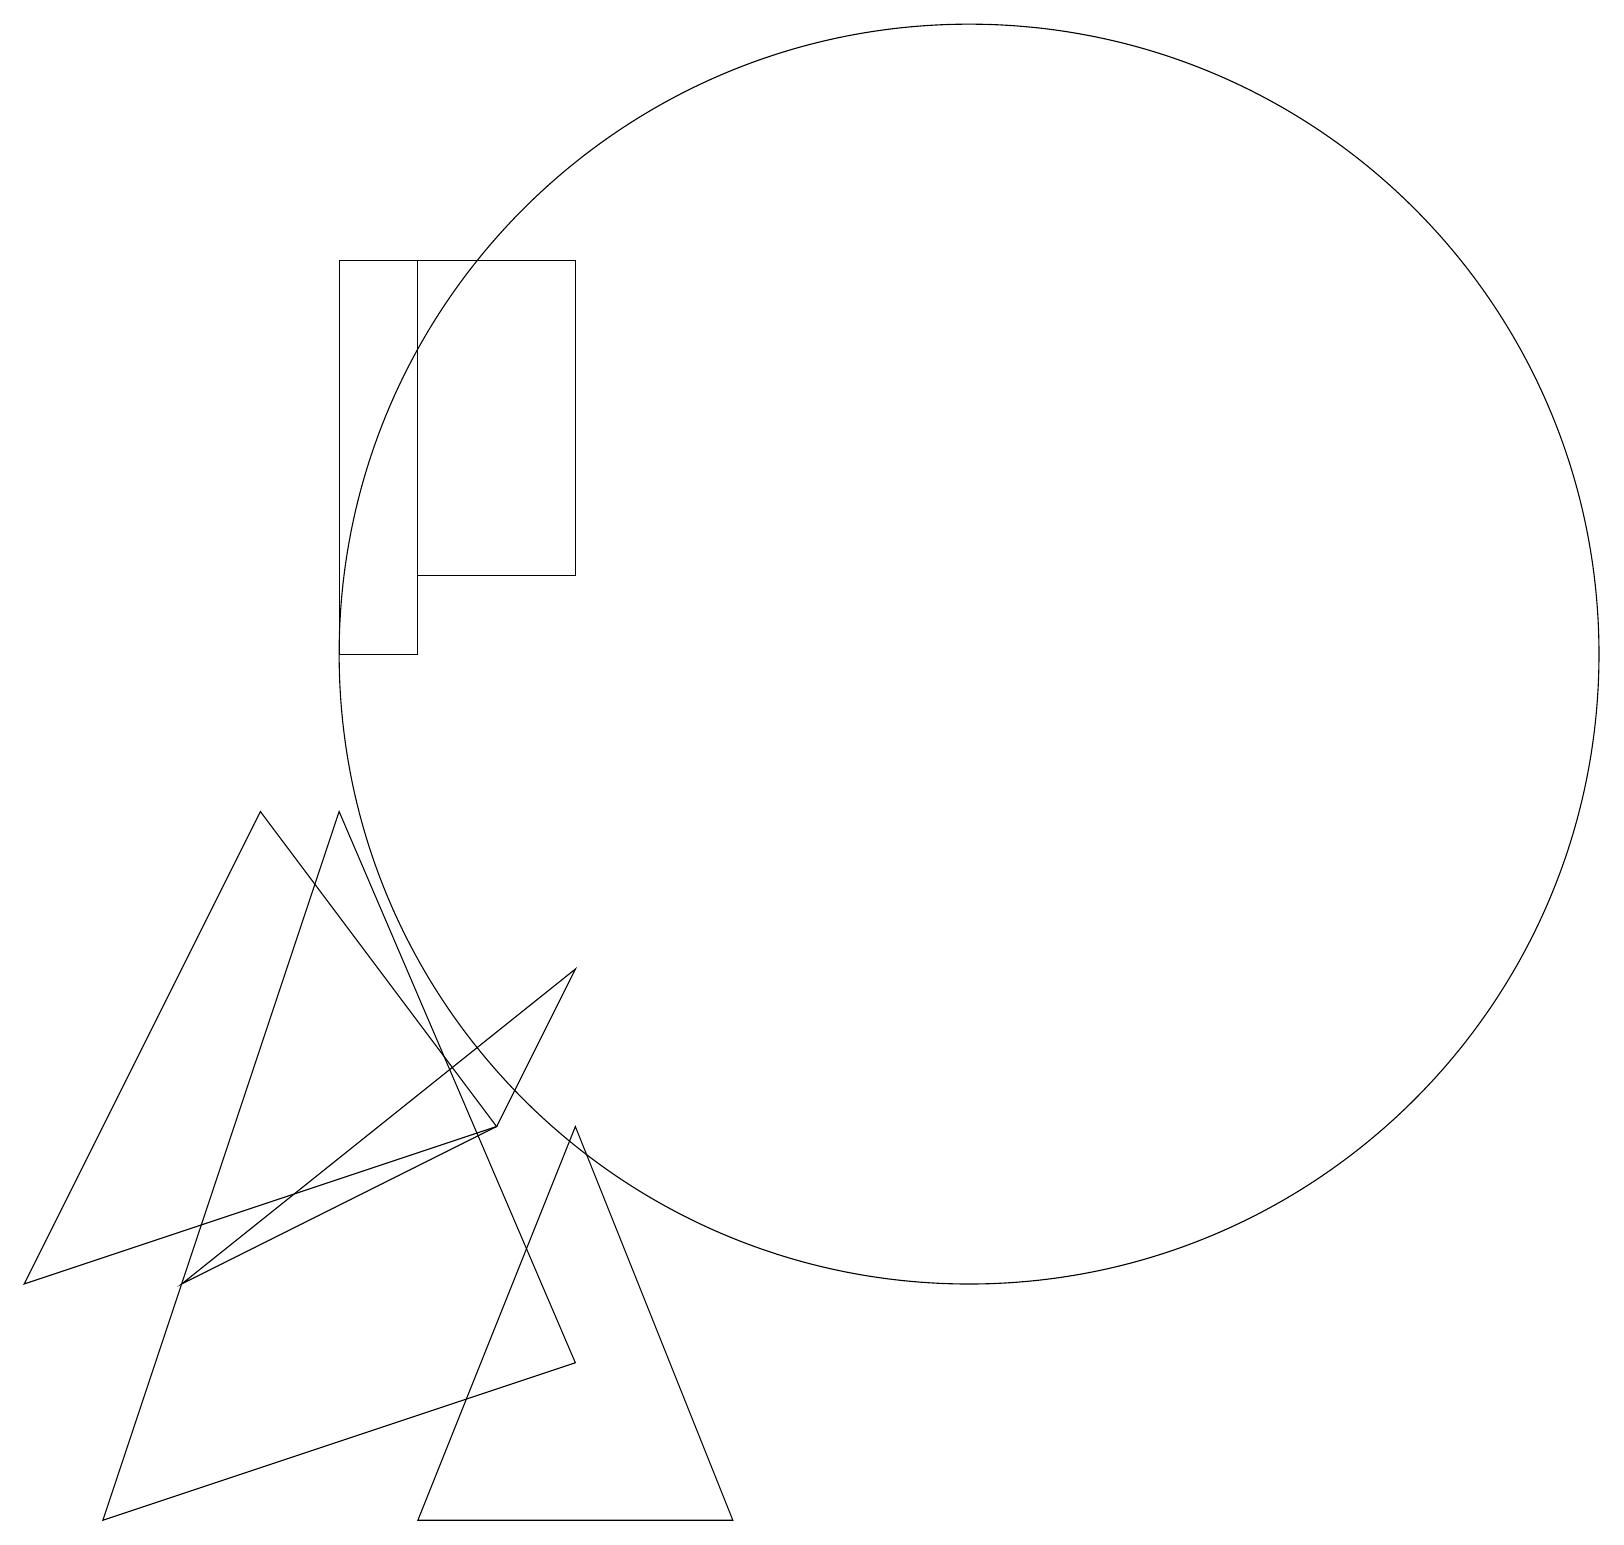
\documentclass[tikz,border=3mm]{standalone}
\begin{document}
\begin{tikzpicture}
\draw (12,11) circle (8);
\draw (3,9) -- (6,5) -- (0,3) -- cycle;
\draw (7,7) -- (2,3) -- (6,5) -- cycle;
\draw (7,2) -- (4,9) -- (1,0) -- cycle;
\draw (9,0) -- (7,5) -- (5,0) -- cycle;
\draw (5,11) rectangle (4,16);
\draw (7,16) rectangle (5,12);
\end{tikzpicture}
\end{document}